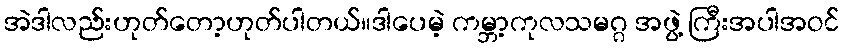
အဲဒါလည်းဟုတ်တော့ဟုတ်ပါတယ်။ဒါပေမဲ့ ကမ္ဘာ့ကုလသမဂ္ဂ အဖွဲ့ ကြီးအပါအဝင်